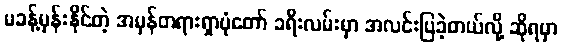
မခန့်မှန်းနိုင်တဲ့ အမှန်တရားရှာပုံတော် ခရီးလမ်းမှာ အလင်းပြခဲ့တယ်လို့ ဆိုရမှာ